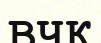
ВЧК